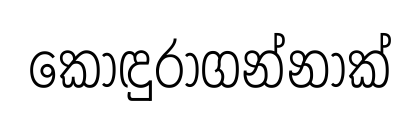
කොඳුරාගන්නාක්